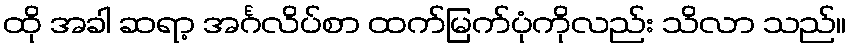
ထို အခါ ဆရာ့ အင်္ဂလိပ်စာ ထက်မြက်ပုံကိုလည်း သိလာ သည်။